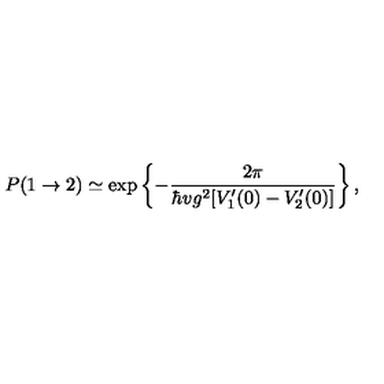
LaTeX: P ( 1 \rightarrow 2 ) \simeq \exp \left\{ - { \frac { 2 \pi } { \hbar v g ^ { 2 } [ V _ { 1 } ^ { \prime } ( 0 ) - V _ { 2 } ^ { \prime } ( 0 ) ] } } \right\} ,